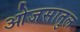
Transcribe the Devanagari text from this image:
ओजसातुल